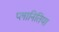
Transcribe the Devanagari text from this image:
प्लानितिया